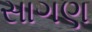
સાગણ